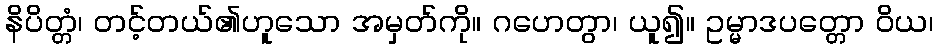
နိပိတ္တံ၊ တင့်တယ်၏ဟူသော အမှတ်ကို။ ဂဟေတွာ၊ ယူ၍။ ဥမ္မာဒပတ္တော ဝိယ၊